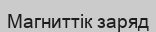
Магниттік заряд